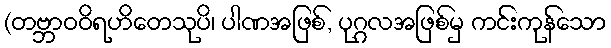
(တဗ္ဘာဝဝိရဟိတေသုပိ၊ ပါဏအဖြစ်, ပုဂ္ဂလအဖြစ်မှ ကင်းကုန်သော